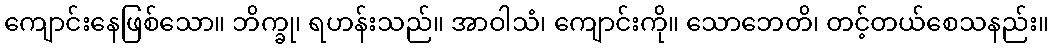
ကျောင်းနေဖြစ်သော။ ဘိက္ခု၊ ရဟန်းသည်။ အာဝါသံ၊ ကျောင်းကို။ သောဘေတိ၊ တင့်တယ်စေသနည်း။